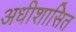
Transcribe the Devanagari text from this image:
अधीशासित